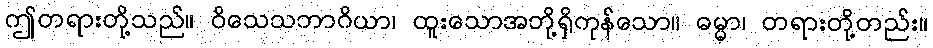
ဤတရားတို့သည်။ ဝိသေသဘာဂိယာ၊ ထူးသောအဘို့ရှိကုန်သော။ ဓမ္မာ၊ တရားတို့တည်း။